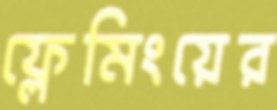
ফ্লেমিংয়ের